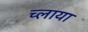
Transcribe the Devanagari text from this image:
च्लाया